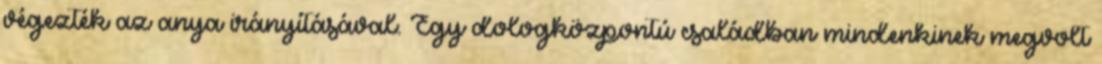
végezték az anya irányításával. Egy dologközpontú családban mindenkinek megvolt